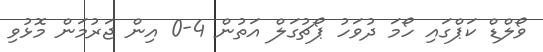
ވޯލްޑް ކަޕްގައި ހޯމަ ދުވަހު ޕޯޗުގަލް އަތުން 4-0 އިން ޖަރުމަން މޮޅުވި